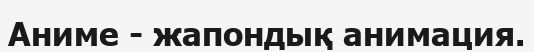
Аниме - жапондық анимация.